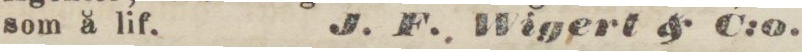
som å lif.    J. F. Wigert & C:o.